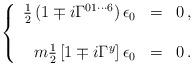
LaTeX: \begin{align*}\left\{\begin{array}{rcl}\frac{1}{2}\left(1\mp i \Gamma^{01\cdots 6} \right) \epsilon_{0} & = & 0\, ,\\& & \\m{\textstyle\frac{1}{2}}\left[1\mp i\Gamma^{y}\right] \epsilon_{0} & = & 0\, .\\\end{array}\right.\end{align*}